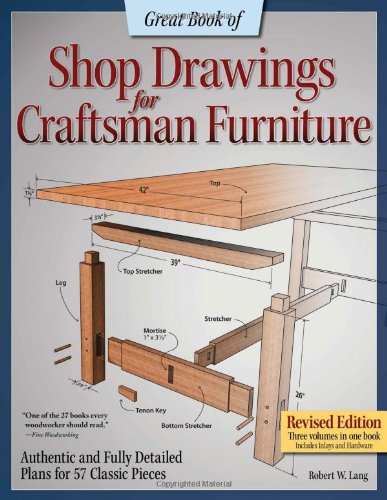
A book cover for Great Book of Shop Drawings for Craftsman Furniture, Revised Edition: Authentic and Fully Detailed Plans for 57 Classic Pieces; Robert Lang; Arts & Photography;